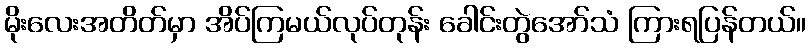
မိုးလေးအတိတ်မှာ အိပ်ကြမယ်လုပ်တုန်း ခေါင်းတွဲအော်သံ ကြားရပြန်တယ်။